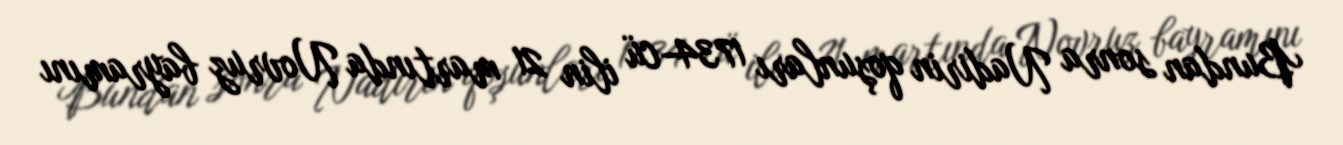
Bundan sonra Nadirin qoşunları 1734-cü ilin 21 martında Novruz bayramını